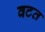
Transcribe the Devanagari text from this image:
वटत